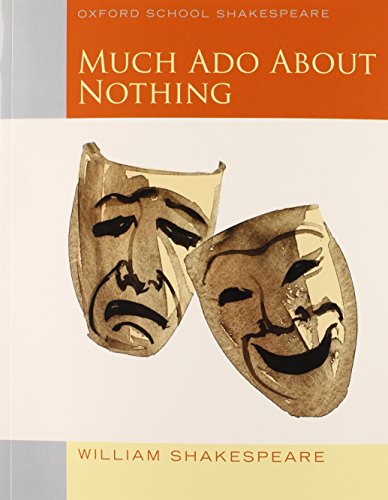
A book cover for Much Ado About Nothing (2010 edition): Oxford School Shakespeare (Oxford School Shakespeare Series); William Shakespeare; Literature & Fiction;